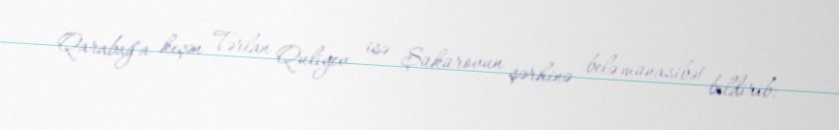
Qarabağ"a keçən Tərlan Quliyev isə Şükürovun şərhinə belə münasibət bildirib: